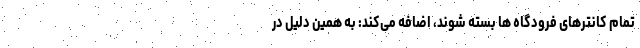
تمام کانتر‌های فرودگاه ها بسته شوند، اضافه می‌کند: به همین دلیل در